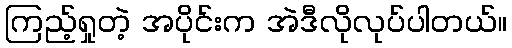
ကြည့်ရှုတဲ့ အပိုင်းက အဲဒီလိုလုပ်ပါတယ်။